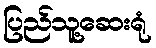
ပြည်သူ့ဆေးရုံ